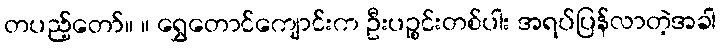
တပည့်တော်။ ။ ရွှေတောင်ကျောင်းက ဦးပဉ္စင်းတစ်ပါး အရပ်ပြန်လာတဲ့အခါ